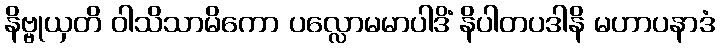
နိဗ္ဗုယှတိ ဝါသိသာမိကော ပလ္လောမမာပါဒိံ နိပါတပဒါနိ မဟာပနာဒံ